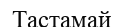
Тастамай